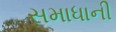
સમાધાની